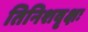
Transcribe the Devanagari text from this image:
तिनिशवृक्षः